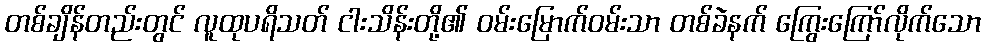
တစ်ချိန်တည်းတွင် လူထုပရိသတ် ငါးသိန်းတို့၏ ဝမ်းမြောက်ဝမ်းသာ တစ်ခဲနက် ကြွေးကြော်လိုက်သော